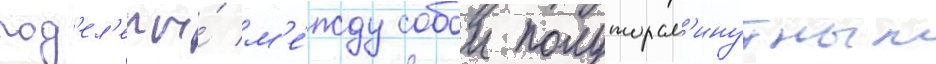
под'ел'ены́ м'е́жду собои полуторам'инутным